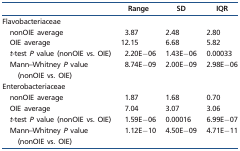
<table><thead><tr><td></td><td><b>Range</b></td><td><b>SD</b></td><td><b>IQR</b></td></tr></thead><tbody><tr><td>Flavobacteriaceae</td><td></td><td></td><td></td></tr><tr><td>nonOIE average</td><td>3.87</td><td>2.48</td><td>2.80</td></tr><tr><td>OIE average</td><td>12.15</td><td>6.68</td><td>5.82</td></tr><tr><td><i>t</i>-test <i>P</i> value (nonOIE vs. OIE)</td><td>2.20E−06</td><td>1.43E−06</td><td>0.00033</td></tr><tr><td>Mann–Whitney <i>P</i> value (nonOIE vs. OIE)</td><td>8.74E−09</td><td>2.00E−09</td><td>2.98E−06</td></tr><tr><td>Enterobacteriaceae</td><td></td><td></td><td></td></tr><tr><td>nonOIE average</td><td>1.87</td><td>1.68</td><td>0.70</td></tr><tr><td>OIE average</td><td>7.04</td><td>3.07</td><td>3.06</td></tr><tr><td><i>t</i>-test <i>P</i> value (nonOIE vs. OIE)</td><td>1.59E−06</td><td>0.00016</td><td>6.99E−07</td></tr><tr><td>Mann–Whitney <i>P</i> value (nonOIE vs. OIE)</td><td>1.12E−10</td><td>4.50E−09</td><td>4.71E−11</td></tr></tbody></table>